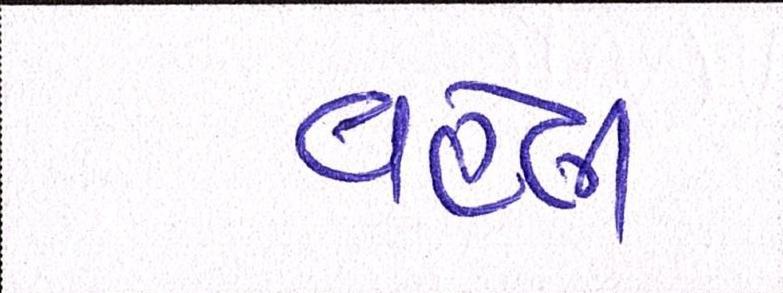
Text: વહેલી